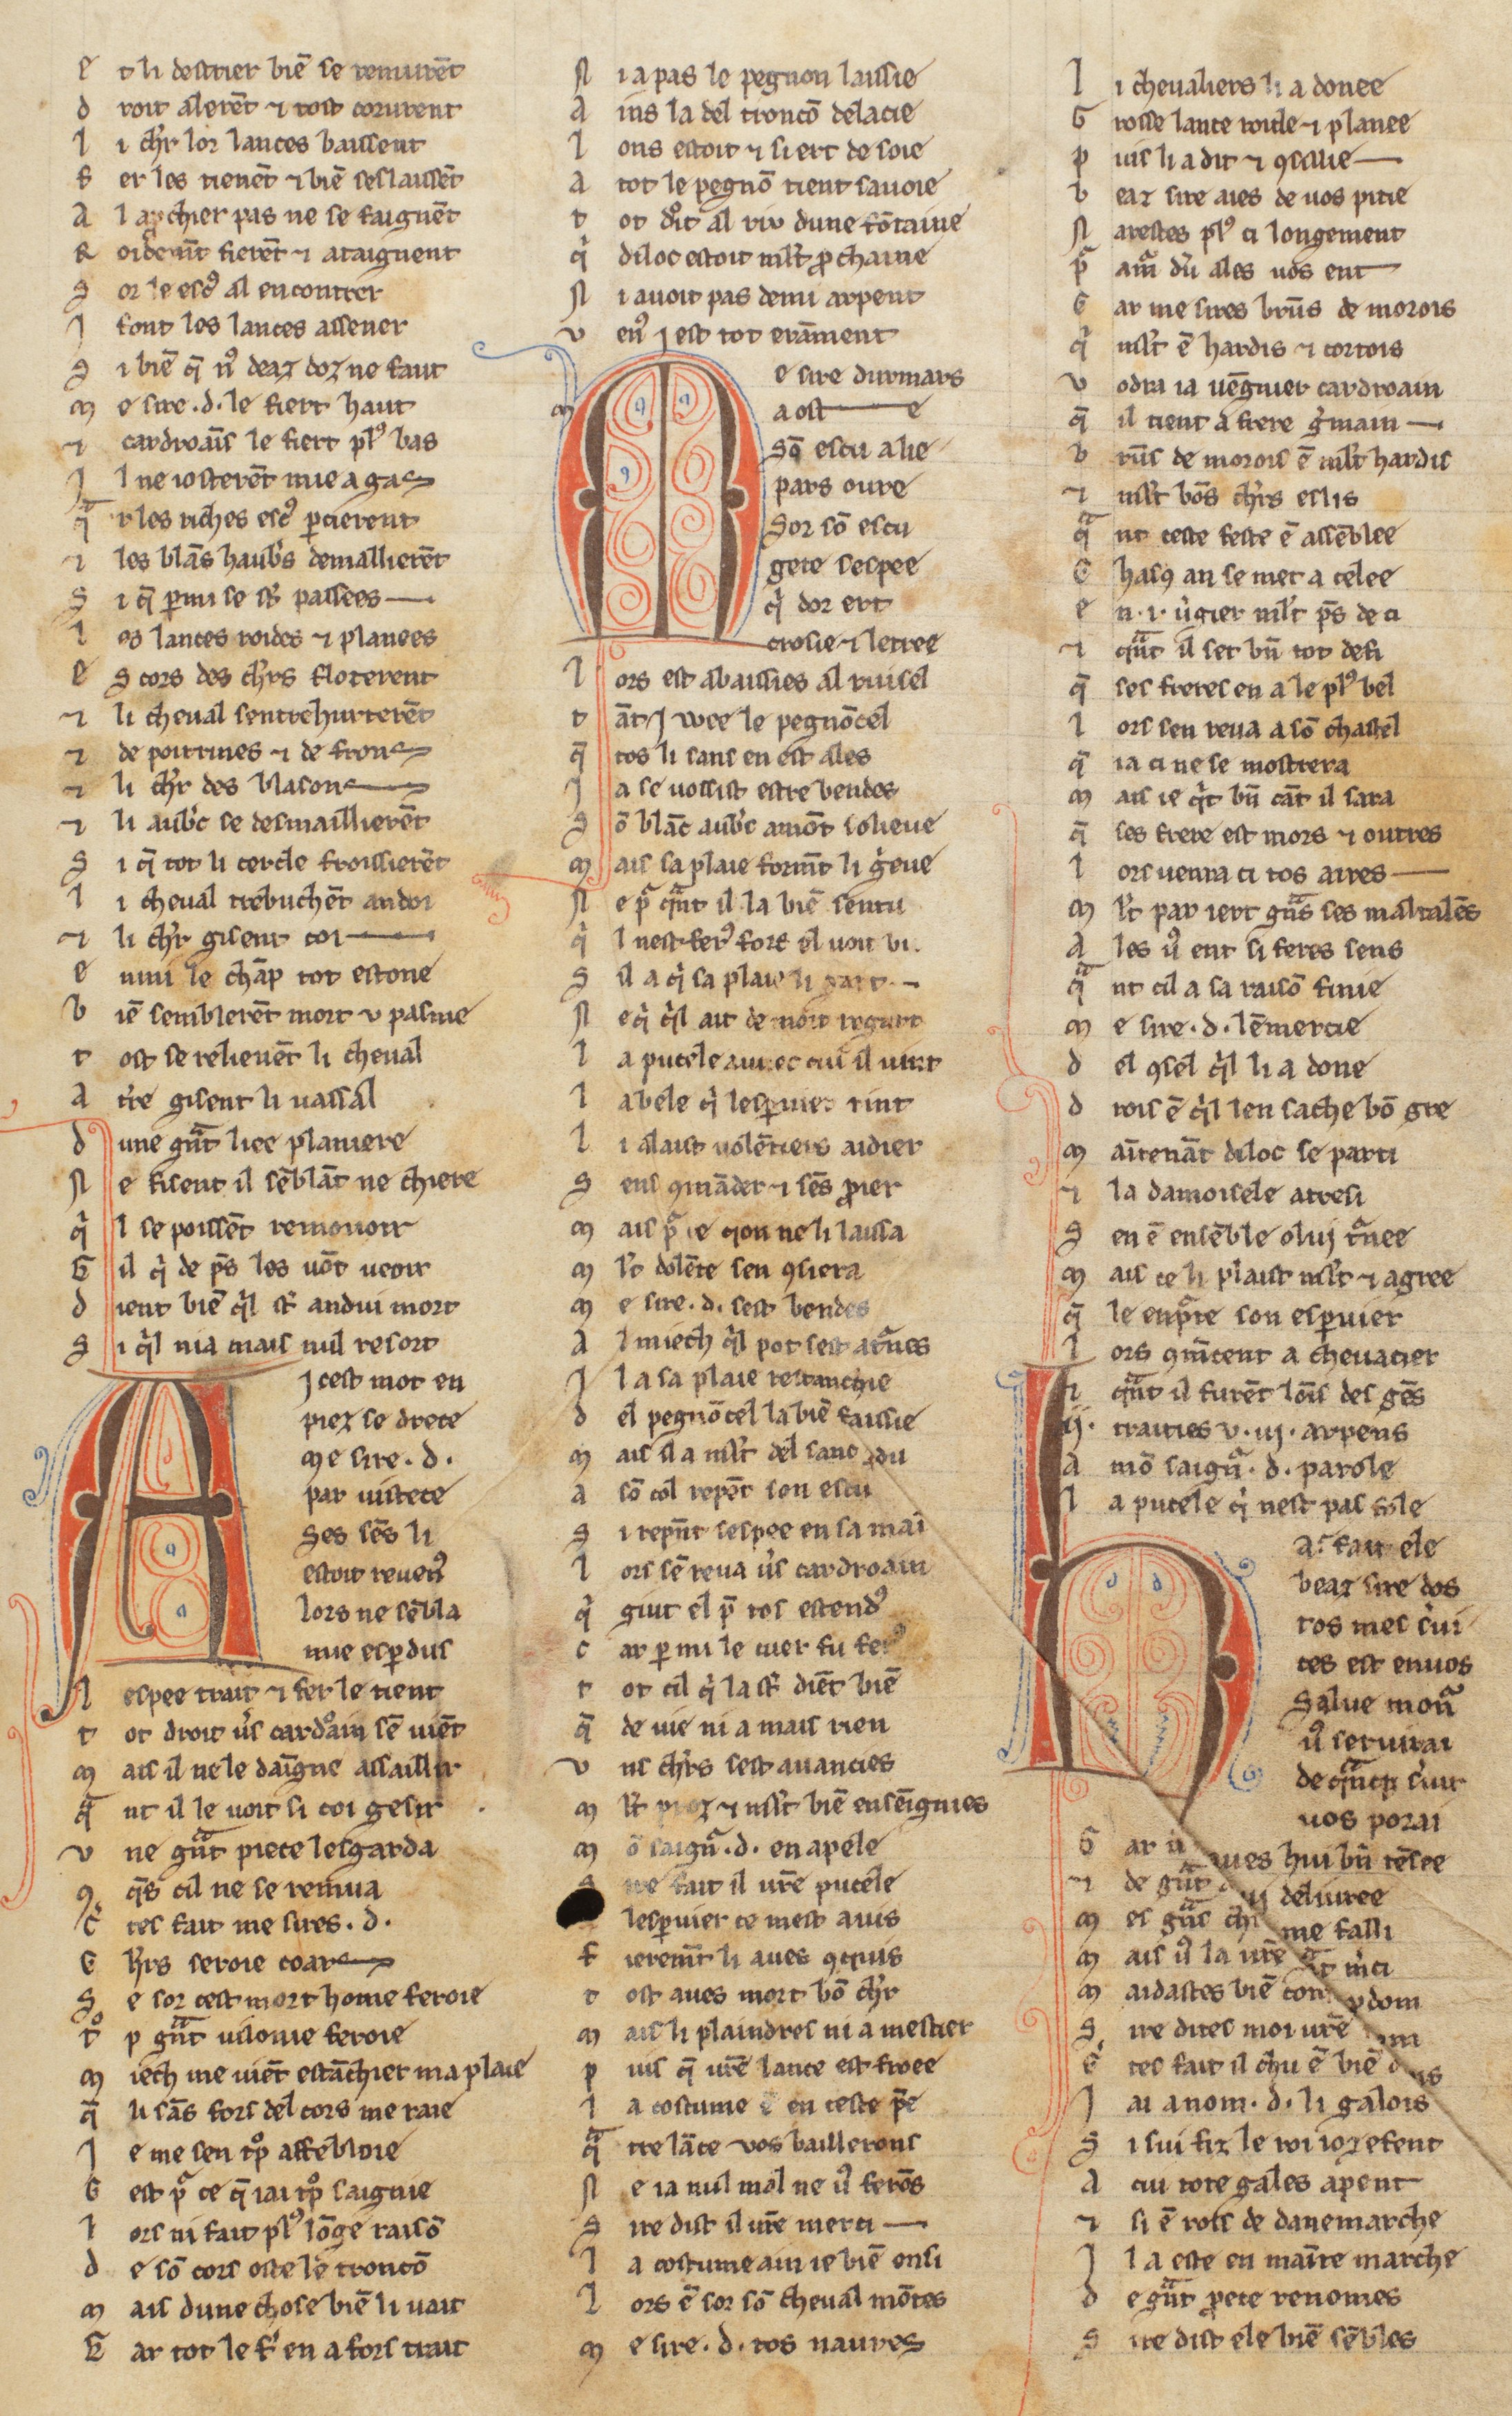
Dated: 1255–1285